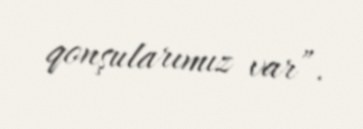
qonşularımız var”.